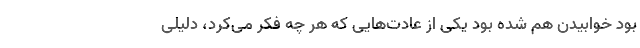
بود خوابیدن هم شده بود یکی از عادت‌هایی که هر چه فکر می‌کرد، دلیلی